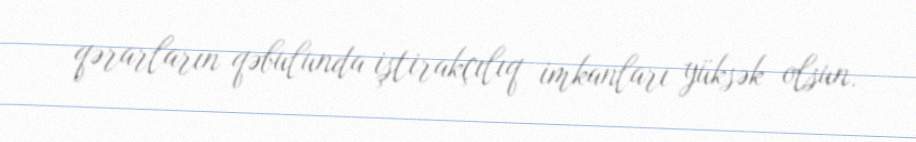
qərarların qəbulunda iştirakçılıq imkanları yüksək olsun.